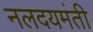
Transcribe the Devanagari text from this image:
नलदयमंती